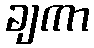
ချကာ